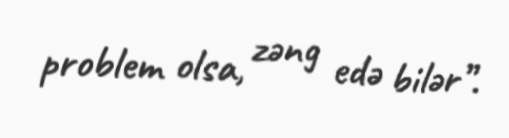
problem olsa, zəng edə bilər”.